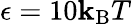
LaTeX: \epsilon=10\mathbf{k}_{\mathrm{{B}}}T